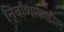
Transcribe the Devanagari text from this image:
निर्वाणाकडील